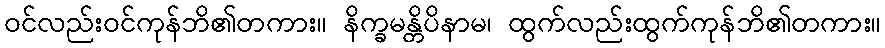
ဝင်လည်းဝင်ကုန်ဘိ၏တကား။ နိက္ခမန္တိပိနာမ၊ ထွက်လည်းထွက်ကုန်ဘိ၏တကား။